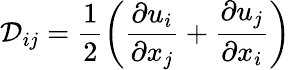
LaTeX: \mathcal{D}_{ij}=\frac{1}{2}\left(\frac{\partial u_{i}}{\partial x_{j}}+\frac{\partial u_{j}}{\partial x_{i}}\right)